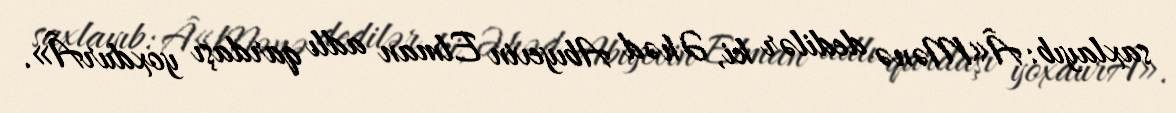
saxlayıb: Â«Mənə dedilər ki, Əhəd Abıyevin Elman adlı qardaşı yoxdurÂ».